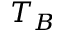
T _ { B }